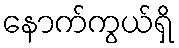
နောက်ကွယ်ရှိ